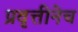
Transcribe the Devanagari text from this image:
प्रवृत्तीनेच